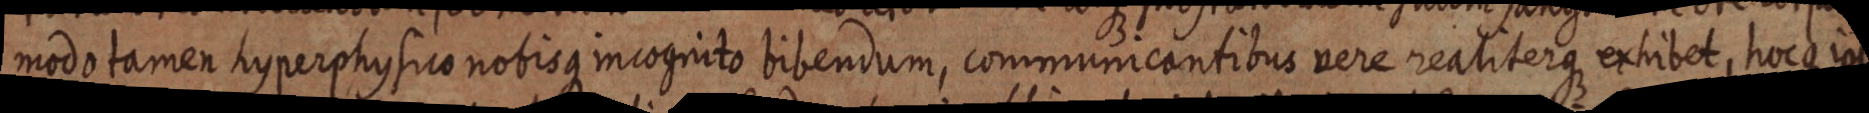
modo tamen hyperphysico nobisque incognito bibendum, communicantibus vere realiterque exhibet, hocque ips